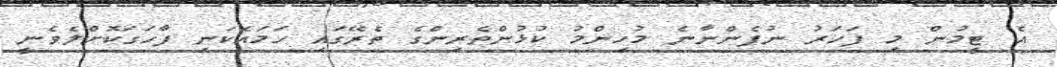
އެ ޓީމުން މި ފަހަރު ނުފެންނާނެ މުހިންމު ކުޅުންތެރިންގެ ތެރޭގައި ހަމައެކަނި ފާހަގަކޮށްލެވެނީ